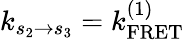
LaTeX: k_{s_{2}\to s_{3}}=k_{\mathrm{FRET}}^{(1)}